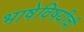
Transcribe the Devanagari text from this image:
भाषेविषयीची